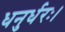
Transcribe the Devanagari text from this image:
धनुर्धरः।